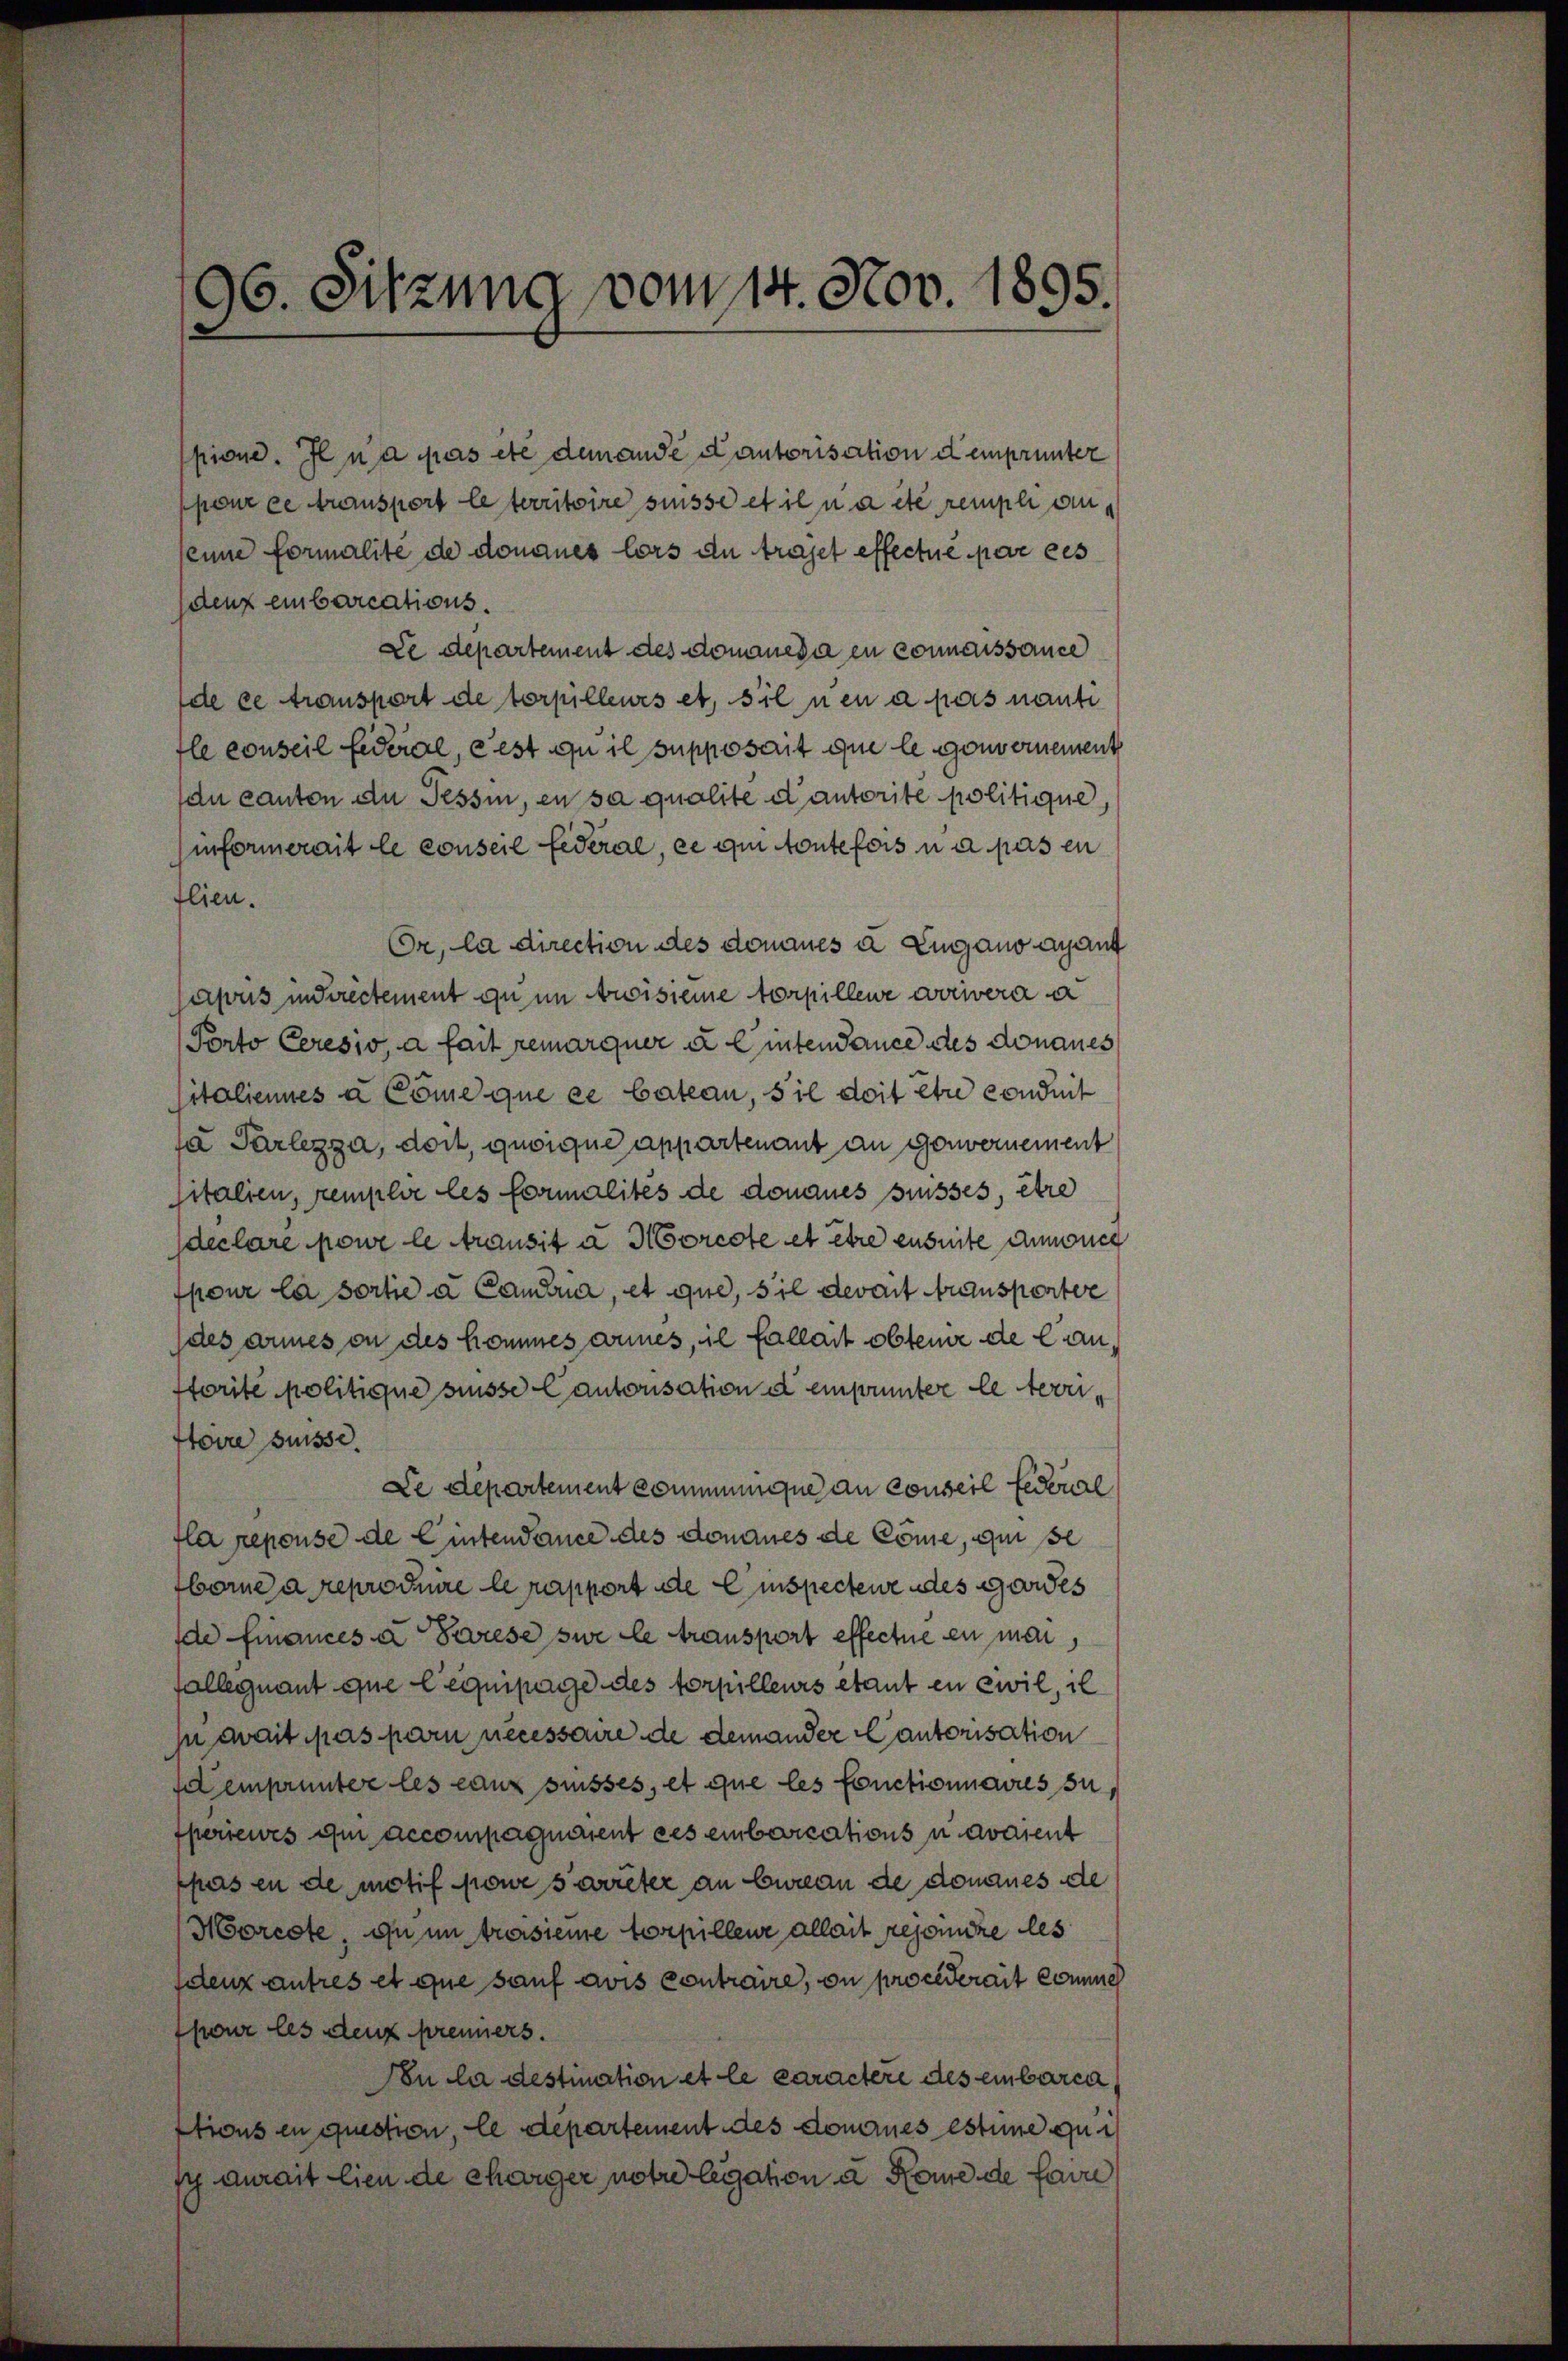
pione. Il n’a pas etc dem ande Cantorisation d emprunter
seine formalité de donaues lors de trafet effecte par ces
den einbarications.
de ce transport de torpilleurs et, sie neu a pas nanti
fle conseil federal, est ou il supposait que le gouvernement
du canton du Tessin, en sa qualite d’autorite politique,
informerait le conseil Federal, ce qui toutefois u a pas en
flien.
Or, la direction des donaues a Lugano agant
apus indirectement ou im Arisiere Torpillene arrivera a
Porto Ceresio, a fait remarquer & Eintendance des donaues
sitaliennes à Cöme que ce Cateau, s’il doit être conduit
fa Parlezza, doit, quoique appartenant an Gouvernement
sitalien, remplir les formalités de donaues suisses, être
jdeclare powe le transit a Morcote et être ensuite annonce
pour la sortie à Camera, et que, sie devait Grausperter
(des armes ou des kommes armes, il fallait obten de Canforite politique süsse Cantonsation d emprunter le territoire süsse.
Le departement communique au conseil Federial
fla repouse de Eintendance des donaues de Cöme, qui se
borne a reproduire le rapport die Einspecteme des Gardes
de Finances a Parese sie le transport effectue en man,
fallegnant que lequipage des torpilleurs étant en zwil, il
ju zwait pas pari necessaire de demander Cantorisation
fel emprunter les eaux suisses, et que les fonctionnaires su
sperieurs im accompaquirient ces einbarcations u avaient
pas en de motif pone s’arreter an bureau de donaues de
Morcote, ou un treisiere torpillene allait resoincze des
denz antres et que sauf avis contraire, on procederait comune
four les deux prenners.
In la destination et le caractere des einbarca
Etions en question, le departement des donaues estine gut
sy aurait lieu de charger notre legation u. Rome de faire

96. Sitzung vom 14. Nov. 1895.

ppour ce transport le territoire süsse et il a été rempli an¬
De departement des donaneda en connaissance